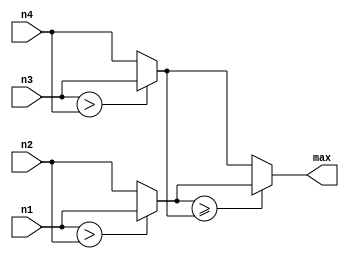
module max (n1,n2,n3,n4,max);

parameter DATA_WIDTH = 16;

input [DATA_WIDTH-1:0]n1;
input [DATA_WIDTH-1:0]n2;
input [DATA_WIDTH-1:0]n3;
input [DATA_WIDTH-1:0]n4;
output [DATA_WIDTH-1:0]max;
wire [DATA_WIDTH-1:0]max12;
wire [DATA_WIDTH-1:0]max34;

assign max12=(n1>n2)?n1:n2;
assign max34=(n3>n4)?n3:n4;
assign max = (max12>=max34) ? max12 : max34;
endmodule